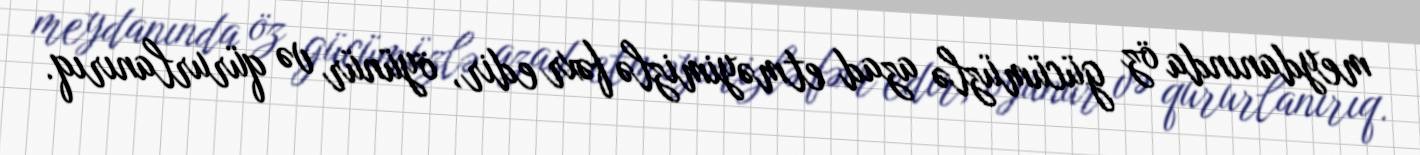
meydanında öz gücümüzlə azad etməyimizlə fəxr edir, öyünür və qürurlanırıq.